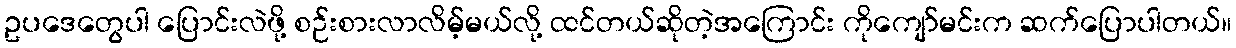
ဥပဒေတွေပါ ပြောင်းလဲဖို့ စဉ်းစားလာလိမ့်မယ်လို့ ထင်တယ်ဆိုတဲ့အကြောင်း ကိုကျော်မင်းက ဆက်ပြောပါတယ်။